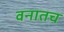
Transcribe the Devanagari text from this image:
वनातच